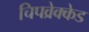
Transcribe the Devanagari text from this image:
चिपव्रेक्केड